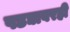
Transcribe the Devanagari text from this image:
पडद्यावरही